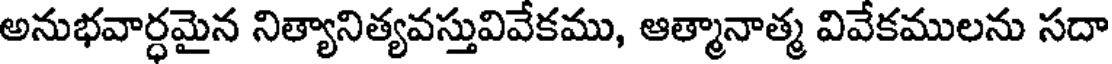
అనుభవార్ధమైన నిత్యానిత్యవస్తువివేకము, ఆత్మానాత్మ వివేకములను సదా